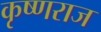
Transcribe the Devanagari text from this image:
कृष्‍णराज